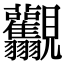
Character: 𧢯